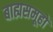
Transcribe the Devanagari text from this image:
बाह्यसमूहों